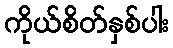
ကိုယ်စိတ်နှစ်ပါး